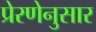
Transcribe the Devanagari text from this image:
प्रेरणेनुसार